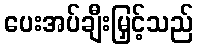
ပေးအပ်ချီးမြှင့်သည်